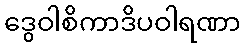
ဒွေဝါစိကာဒိပဝါရဏာ